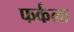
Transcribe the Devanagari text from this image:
फर्कला